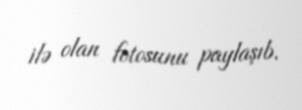
ilə olan fotosunu paylaşıb.